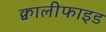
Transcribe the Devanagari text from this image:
क्वालीफाइड